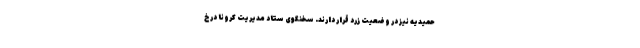
حمیدیه نیز در وضعیت زرد قرار دارند. سخنگوی ستاد مدیریت کرونا در خ